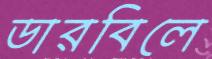
ডারবিলে